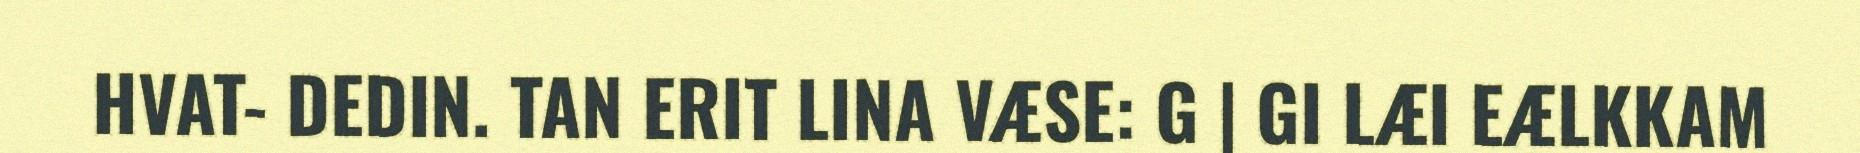
HVAT- DEDIN. TAN ERIT LINA VÆSE: G | GI LÆI EÆLKKAM